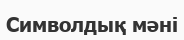
Символдық мәні